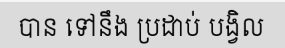
បាន ទៅនឹង ប្រដាប់ បង្វិល